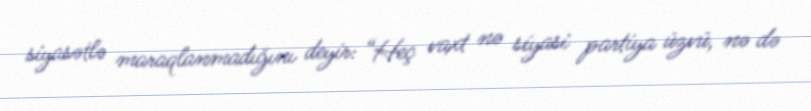
siyasətlə maraqlanmadığını deyir: “Heç vaxt nə siyasi partiya üzvü, nə də